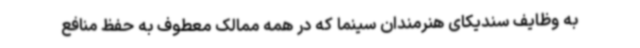
به وظایف سندیکای هنرمندان سینما که در همه ممالک معطوف به حفظ منافع